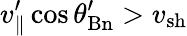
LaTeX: v_{\parallel}^{\prime}\cos\theta_{\mathrm{Bn}}^{\prime}>v_{\mathrm{sh}}